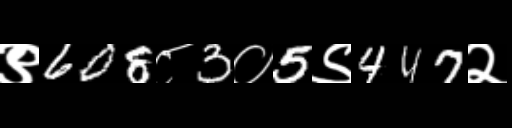
Text: ९608८3०5९447२